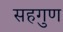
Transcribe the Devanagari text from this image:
सहगुण